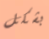
بشكل